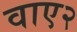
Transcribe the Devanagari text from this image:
वाए२